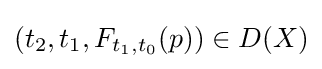
(t_{2},t_{1},F_{t_{1},t_{0}}(p))\in D(X)